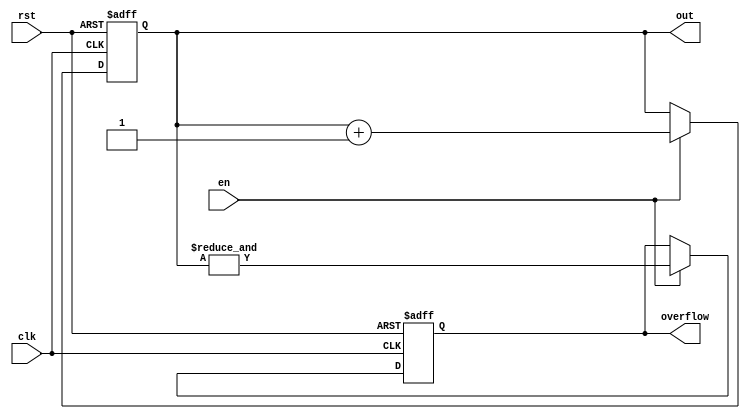
`timescale 1 ns / 100 ps



module counter #(
    //Top level block parameters
    parameter WIDTH = 4
) (
	out,
	clk,
    en,
	rst,
    overflow
);

   

//Output ports
output reg [WIDTH-1:0] out;
output reg          overflow;
   

//Input ports
input clk;
input rst;
input en;
   



always @(posedge clk or posedge rst) begin
  if (rst) begin
    out <= 0;
    overflow <= 0;
  end else if (en) begin
    out <= out + 1;
    //overflow <= (out == 2 ** WIDTH -1);  
    overflow <= &out;
     
  end
end
endmodule // counter



////module comparator2 (
////	y,
////	a,
////    b
////);
////
////   output       y;
////   input  [1:0] a,b;
////
////   assign y = (a[1] & ~b[1]) | (a[0] & ~b[1] & ~b[0]) | (a[1] & a[0] & ~b[0]);
////   
////
////endmodule // comparator2


module comp_1b (
	a,
    b,
    equal,
    a_larger
);

   output       equal,a_larger;
   input        a,b;

   assign equal    = (a  & b) | (~a & ~b);
   assign a_larger = (a  & ~b);
   

endmodule // comp_1b


              
module comp_2b (
	a_gt_b,
	a,
    b
);

   output       a_gt_b;
   input  [1:0] a,b;

   wire [1:0]   e,agt;

   comp_1b comp0(.a(a[0]),.b(b[0]),.equal(e[0]),.a_larger(agt[0]));
   comp_1b comp1(.a(a[1]),.b(b[1]),.equal(e[1]),.a_larger(agt[1]));

   assign a_gt_b = agt[1] | (agt[0] & e[1]);
   

endmodule // comp_2b



module comp_4b (
	a_gt_b,
	a,
    b
);

   output       a_gt_b;
   input  [3:0] a,b;

   wire [3:0]   e,agt;

   comp_1b comp0(.a(a[0]),.b(b[0]),.equal(e[0]),.a_larger(agt[0]));
   comp_1b comp1(.a(a[1]),.b(b[1]),.equal(e[1]),.a_larger(agt[1]));
   comp_1b comp2(.a(a[2]),.b(b[2]),.equal(e[2]),.a_larger(agt[2]));
   comp_1b comp3(.a(a[3]),.b(b[3]),.equal(e[3]),.a_larger(agt[3]));

   assign a_gt_b = agt[3] | (agt[2] & e[3]) | (agt[1] & e[3] & e[2]) | (agt[0] & e[3] & e[2] & e[1]);
   

endmodule // comp_4b


module comp_8b (
	a_gt_b,
	a,
    b
);

   output       a_gt_b;
   input  [7:0] a,b;

   wire [7:0]   e,agt;

   wire         e76,e75,e74,e73,e72,e71;
   

   comp_1b comp0(.a(a[0]),.b(b[0]),.equal(e[0]),.a_larger(agt[0]));
   comp_1b comp1(.a(a[1]),.b(b[1]),.equal(e[1]),.a_larger(agt[1]));
   comp_1b comp2(.a(a[2]),.b(b[2]),.equal(e[2]),.a_larger(agt[2]));
   comp_1b comp3(.a(a[3]),.b(b[3]),.equal(e[3]),.a_larger(agt[3]));
   comp_1b comp4(.a(a[4]),.b(b[4]),.equal(e[4]),.a_larger(agt[4]));
   comp_1b comp5(.a(a[5]),.b(b[5]),.equal(e[5]),.a_larger(agt[5]));
   comp_1b comp6(.a(a[6]),.b(b[6]),.equal(e[6]),.a_larger(agt[6]));
   comp_1b comp7(.a(a[7]),.b(b[7]),.equal(e[7]),.a_larger(agt[7]));

   assign e76 = e[7] & e[6];
   assign e75 = e76  & e[5];
   assign e74 = e75  & e[4];
   assign e73 = e74  & e[3];
   assign e72 = e73  & e[2];
   assign e71 = e72  & e[1];
   
   assign a_gt_b = agt[7] | (agt[6] & e[7]) | (agt[5] & e76) | (agt[4] & e75) | (agt[3] & e74) | (agt[2] & e73) | (agt[1] & e72) | (agt[0] & e71);
   

endmodule // comp_8b


module prg_4b (
	clk,
    rst,
    en,
    bin_in,
    sn_out,
    ctr_overflow  
);

   input       clk,rst,en;
   input [3:0] bin_in;
   output      sn_out,ctr_overflow;

   wire [3:0]  ctr4_out;
   
   

counter #(
   .WIDTH (4)
) ctr4 (
  .clk(clk),
  .rst(rst),
  .en(en),
  .out(ctr4_out),
  .overflow(ctr_overflow)
);


comp_4b     comp4 (.a(bin_in), .b(ctr4_out), .a_gt_b(sn_out));

endmodule // prg_4b


module det_stoch_mul (
	a,
    b,
    y
);

   input a,b;
   output y;

   assign y = a & b;

endmodule // det_stoch_mul